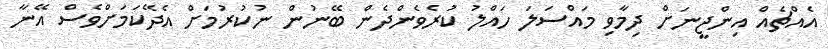
އެއްޗެއް އިންޖީނަށް ދިމާވި މައްސަލަ ހައްލު ކުރެވެންދެން ބޭނުން ނުކުރުމަށް އެދޭކަމަށްވެސް އޭނާ